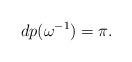
LaTeX: \begin{align*} dp(\omega^{-1}) = \pi. \end{align*}